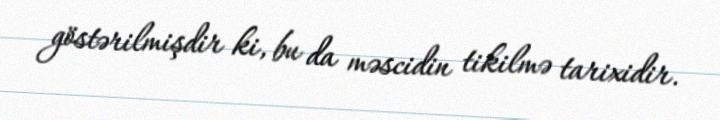
göstərilmişdir ki, bu da məscidin tikilmə tarixidir.